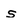
Character: s